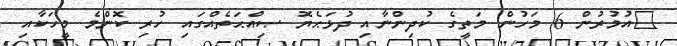
އުމުރުން 6 މަހުން މަތީގެ ކުދިންނާއި ދުޅަޙެޔޮ ޞިއްޙަތެއްގައި ހުރި ކޮންމެ މީހަކާއި